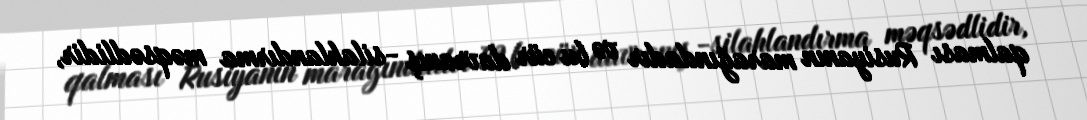
qalması Rusiyanın marağındadır və bu cür davranış -silahlandırma məqsədlidir,